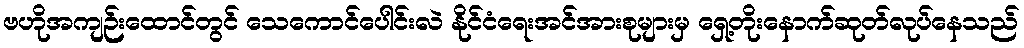
ဗဟိုအကျဉ်းထောင်တွင် သေကောင်ပေါင်းလဲ နိုင်ငံရေးအင်အားစုများမှ ရှေ့တိုးနောက်ဆုတ်လုပ်နေသည်